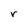
Character: r